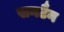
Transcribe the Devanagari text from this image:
सनटैन